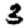
Digit: 3